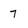
Character: 7